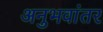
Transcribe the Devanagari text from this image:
अनुभवांतर